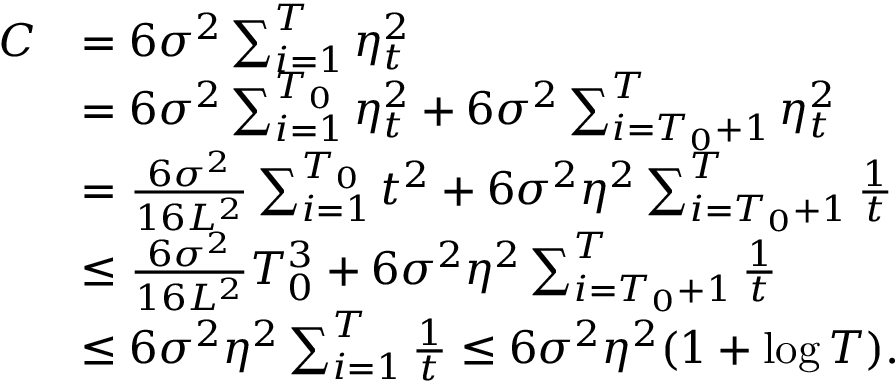
\begin{array} { r l } { C } & { = 6 \sigma ^ { 2 } \sum _ { i = 1 } ^ { T } \eta _ { t } ^ { 2 } } \\ & { = 6 \sigma ^ { 2 } \sum _ { i = 1 } ^ { T _ { 0 } } \eta _ { t } ^ { 2 } + 6 \sigma ^ { 2 } \sum _ { i = T _ { 0 } + 1 } ^ { T } \eta _ { t } ^ { 2 } } \\ & { = \frac { 6 \sigma ^ { 2 } } { 1 6 L ^ { 2 } } \sum _ { i = 1 } ^ { T _ { 0 } } t ^ { 2 } + 6 \sigma ^ { 2 } \eta ^ { 2 } \sum _ { i = T _ { 0 } + 1 } ^ { T } \frac { 1 } { t } } \\ & { \le \frac { 6 \sigma ^ { 2 } } { 1 6 L ^ { 2 } } T _ { 0 } ^ { 3 } + 6 \sigma ^ { 2 } \eta ^ { 2 } \sum _ { i = T _ { 0 } + 1 } ^ { T } \frac { 1 } { t } } \\ & { \le 6 \sigma ^ { 2 } \eta ^ { 2 } \sum _ { i = 1 } ^ { T } \frac { 1 } { t } \le 6 \sigma ^ { 2 } \eta ^ { 2 } ( 1 + \log T ) . } \end{array}